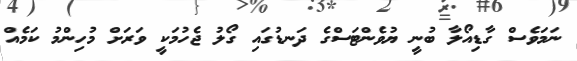
ނަމަވެސް ގާޑިއޯލާ ބުނީ ޔުވެންޓަސްގެ ދަނޑުގައި ގޯލު ޖެހުމަކީ ވަރަށް މުހިންމު ކަމެއް